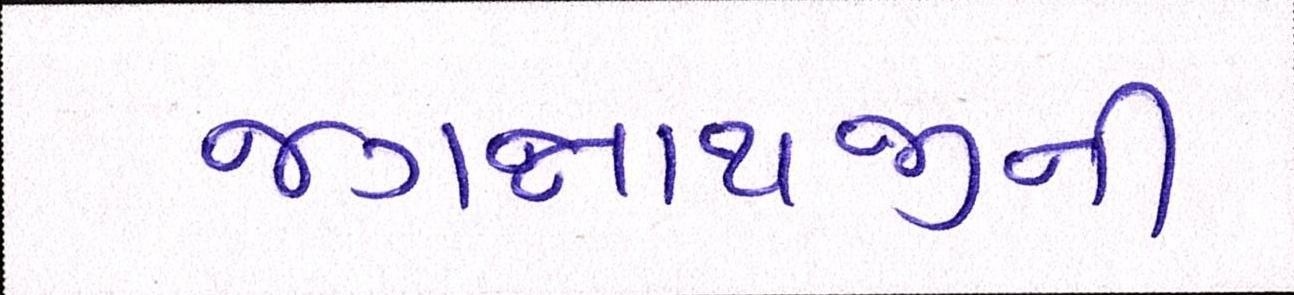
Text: જગન્નાથજીની